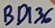
Text: BD136